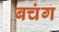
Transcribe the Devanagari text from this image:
बचंग